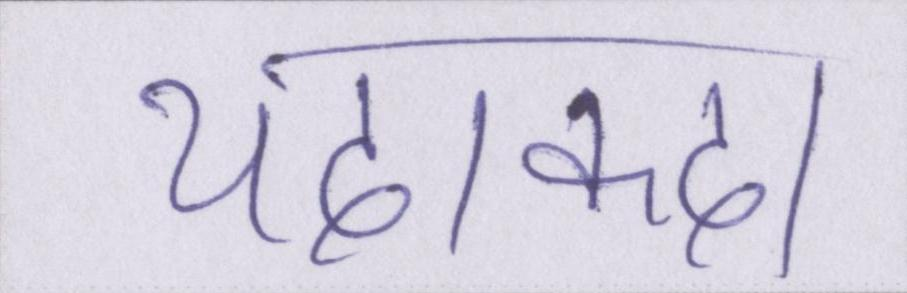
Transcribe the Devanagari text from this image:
यदाकदा